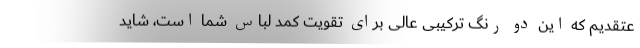
عتقدیم که این دو رنگ ترکیبی عالی برای تقویت کمد لباس شما است، شاید